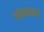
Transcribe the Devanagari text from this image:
चायनच्या